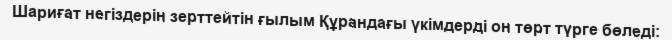
Шариғат негіздерін зерттейтін ғылым Құрандағы үкімдерді он төрт түрге бөледі: